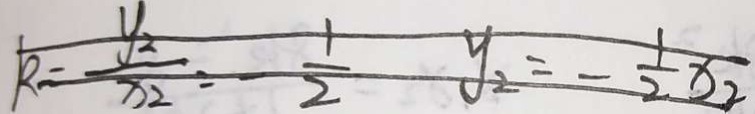
k = \frac { y _ { 2 } } { x _ { 2 } } = - \frac { 1 } { 2 } y _ { 2 } = - \frac { 1 } { 2 } x _ { 2 }